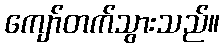
ကျော်တက်သွားသည်။